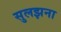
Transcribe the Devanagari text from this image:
सुलझना